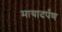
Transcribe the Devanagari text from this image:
मायादर्पण